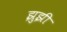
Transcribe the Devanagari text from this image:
झुझी